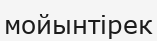
мойынтірек